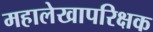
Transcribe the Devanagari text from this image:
महालेखापरिक्षक